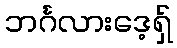
ဘင်္ဂလားဒေ့ရ်ှ